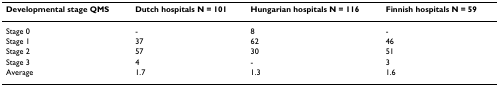
<table><thead><tr><td><b>Developmental stage QMS</b></td><td><b>Dutch hospitals N = 101</b></td><td><b>Hungarian hospitals N = 116</b></td><td><b>Finnish hospitals N = 59</b></td></tr></thead><tbody><tr><td>Stage 0</td><td>-</td><td>8</td><td>-</td></tr><tr><td>Stage 1</td><td>37</td><td>62</td><td>46</td></tr><tr><td>Stage 2</td><td>57</td><td>30</td><td>51</td></tr><tr><td>Stage 3</td><td>4</td><td>-</td><td>3</td></tr><tr><td>Average</td><td>1.7</td><td>1.3</td><td>1.6</td></tr></tbody></table>